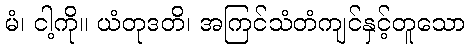
မံ၊ ငါ့ကို။ ယံတုဒတိ၊ အကြင်သံတံကျင်နှင့်တူသော